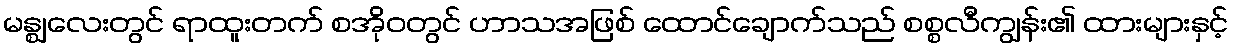
မန္ဈလေးတွင် ရာထူးတက် စအိုဝတွင် ဟာသအဖြစ် ထောင်ချောက်သည် စစ္စလီကျွန်း၏ ထားများနှင့်